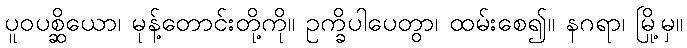
ပူဝပစ္ဆိယော၊ မုန့်တောင်းတို့ကို။ ဥက္ခိပါပေတွာ၊ ထမ်းစေ၍။ နဂရာ၊ မြို့မှ။